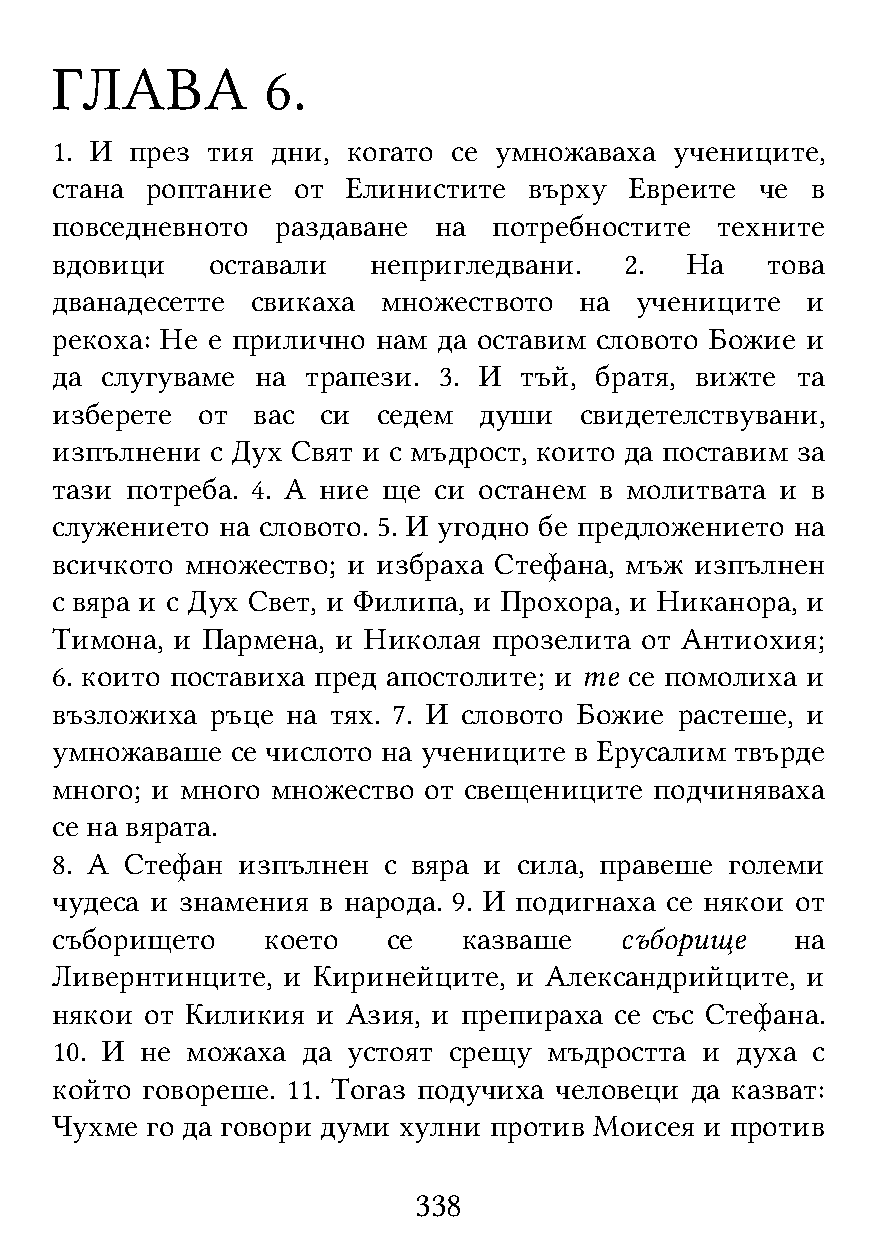
ГЛАВА          6.
 1. И  през тия дни, когато се умножаваха  учениците,
 стана  роптание от  Елинистите  върху  Евреите че  в
 повседневното  раздаване  на  потребностите техните
 вдовици    оставали   непригледвани.  2.  На    това
 дванадесетте  свикаха множеството  на  учениците  и
 рекоха: Не е прилично нам да оставим словото Божие и
 да  слугуваме на трапези. 3. И тъй, братя, вижте  та
 изберете  от  вас си  седем  души  свидетелствувани,
 изпълнени  с Дух Свят и с мъдрост, които да поставим за
 тази потреба. 4. А ние ще си останем в молитвата и в
 служението на словото. 5. И угодно бе предложението на
 всичкото множество; и избраха Стефана, мъж изпълнен
 с вяра и с Дух Свет, и Филипа, и Прохора, и Никанора, и
 Тимона, и Пармена, и Николая  прозелита от Антиохия;
 6. които поставиха пред апостолите; и те се помолиха и
 възложиха  ръце на тях. 7. И словото Божие растеше, и
 умножаваше  се числото на учениците в Ерусалим твърде
 много; и много множество от свещениците подчиняваха
 се на вярата.
 8. А Стефан  изпълнен с вяра и сила, правеше големи
 чудеса и знамения в народа. 9. И подигнаха се някои от
 съборището    което    се   казваше   съборище    на
 Ливернтинците,  и Киринейците, и Александрийците, и
 някои  от Киликия и Азия, и препираха се със Стефана.
 10. И не можаха  да устоят срещу мъдростта и  духа с
 който говореше. 11. Тогаз подучиха человеци да казват:
 Чухме  го да говори думи хулни против Моисея и против
 338